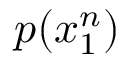
p ( x _ { 1 } ^ { n } )